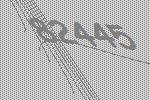
82445